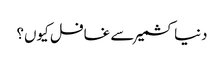
دنیا کشمیر سے غافل کیوں؟